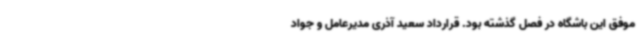
موفق این باشگاه در فصل گذشته بود. قرارداد سعید آذری مدیرعامل و جواد